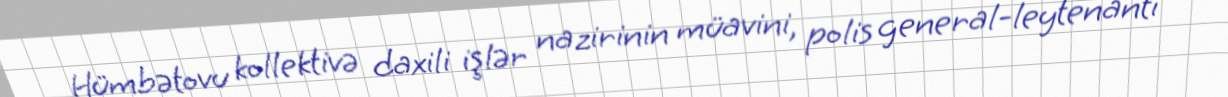
Hümbətovu kollektivə daxili işlər nazirinin müavini, polis general-leytenantı